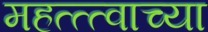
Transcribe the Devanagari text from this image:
महत्त्त्वाच्या